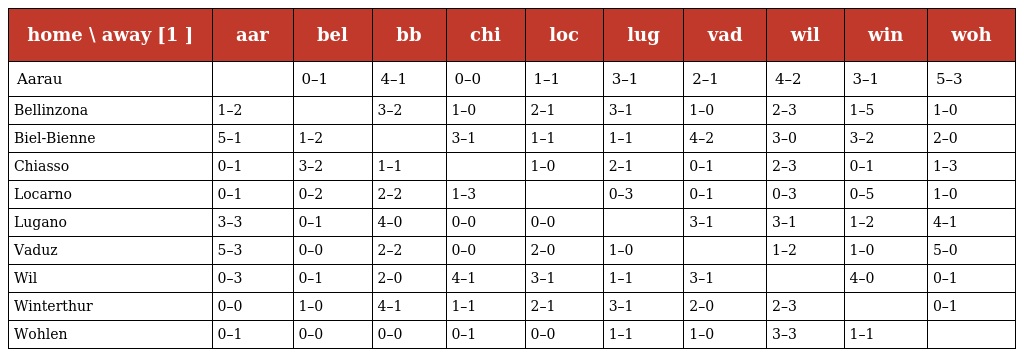
| home \ away [1 ] | aar | bel | bb | chi | loc | lug | vad | wil | win | woh |
 | --- | --- | --- | --- | --- | --- | --- | --- | --- | --- | --- |
 | Aarau |  | 0–1 | 4–1 | 0–0 | 1–1 | 3–1 | 2–1 | 4–2 | 3–1 | 5–3 |
 | Bellinzona | 1–2 |  | 3–2 | 1–0 | 2–1 | 3–1 | 1–0 | 2–3 | 1–5 | 1–0 |
 | Biel-Bienne | 5–1 | 1–2 |  | 3–1 | 1–1 | 1–1 | 4–2 | 3–0 | 3–2 | 2–0 |
 | Chiasso | 0–1 | 3–2 | 1–1 |  | 1–0 | 2–1 | 0–1 | 2–3 | 0–1 | 1–3 |
 | Locarno | 0–1 | 0–2 | 2–2 | 1–3 |  | 0–3 | 0–1 | 0–3 | 0–5 | 1–0 |
 | Lugano | 3–3 | 0–1 | 4–0 | 0–0 | 0–0 |  | 3–1 | 3–1 | 1–2 | 4–1 |
 | Vaduz | 5–3 | 0–0 | 2–2 | 0–0 | 2–0 | 1–0 |  | 1–2 | 1–0 | 5–0 |
 | Wil | 0–3 | 0–1 | 2–0 | 4–1 | 3–1 | 1–1 | 3–1 |  | 4–0 | 0–1 |
 | Winterthur | 0–0 | 1–0 | 4–1 | 1–1 | 2–1 | 3–1 | 2–0 | 2–3 |  | 0–1 |
 | Wohlen | 0–1 | 0–0 | 0–0 | 0–1 | 0–0 | 1–1 | 1–0 | 3–3 | 1–1 |  |